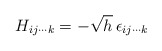
\begin{align*}H_{ij\cdots k}=-\sqrt{h}\, \epsilon_{ij\cdots k}\end{align*}